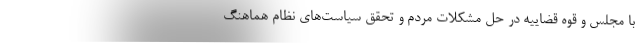
با مجلس و قوه قضاییه در حل مشکلات مردم و تحقق سیاست‌های نظام هماهنگ